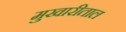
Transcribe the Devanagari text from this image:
मुखारीताल